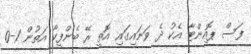
ފަސް ޕޮއިންޓާ އެކު ދެ ވަނައިގައި އޮތީ ރޭ ބެންފީކާ އަތުން 1-0